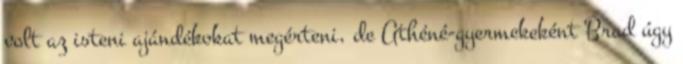
volt az isteni ajándékokat megérteni, de Athéné-gyermekeként Brad úgy